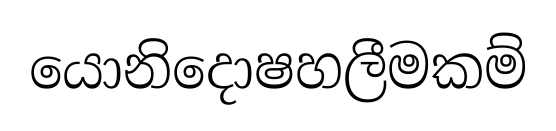
යොනිදොෂහලීමකම්